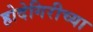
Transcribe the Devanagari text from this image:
होदेगिरीच्या